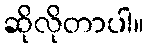
ဆိုလိုတာပါ။